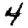
Digit: 4